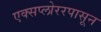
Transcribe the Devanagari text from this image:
एक्सप्लोररपासून